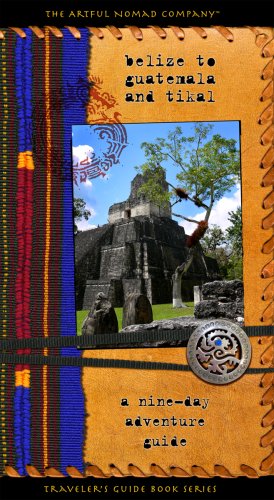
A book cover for Belize to Guatemala and Tikal: a nine-day adventure guide; Steve Stratman; Travel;